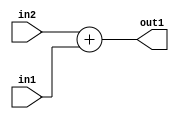
`timescale 1ps / 1ps
/*****************************************************************************
    Verilog RTL Description
    
    
    Created by: CellMath Designer 2019.1.01 
*******************************************************************************/

module sfu_out_buff_Add_2Ux1U_2U_4_0 (
	in2,
	in1,
	out1
	); /* architecture "behavioural" */ 
input [1:0] in2;
input  in1;
output [1:0] out1;
wire [1:0] asc001;

assign asc001 = 
	+(in2)
	+(in1);

assign out1 = asc001;
endmodule

/* CADENCE  urn2TAg= : u9/ySgnWtBlWxVPRXgAZ4Og= ** DO NOT EDIT THIS LINE ******/